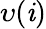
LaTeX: \upsilon(\mathit{i})